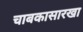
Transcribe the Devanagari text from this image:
चाबकासारखा